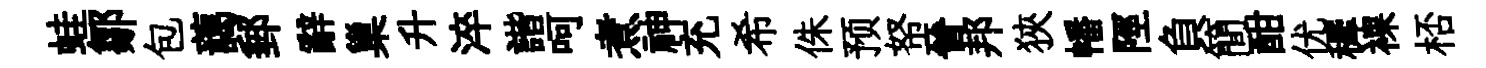
蛙鄒包藹郵辭巢升淬諧呵煮神充希侏预帑晉邦狹幡陘負簡酣优穉裸桮